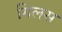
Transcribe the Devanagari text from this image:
गिलस